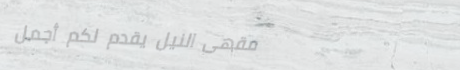
مقهى النيل يقدم لكم أجمل